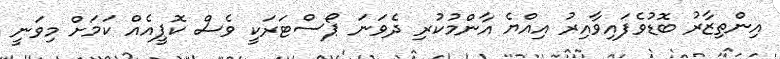
އިންތިޒާރު ބޮޑުވެފައިވާއިރު އިއްޔެ އާންމުކުރި ދެވަނަ ޕޯސްޓަރަކީ ވެސް ކޮޕީއެއް ކަމަށް މިވަނީ